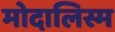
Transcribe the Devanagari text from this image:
मोदालिस्म